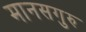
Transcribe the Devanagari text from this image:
मानसगुरु